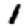
Digit: 1